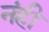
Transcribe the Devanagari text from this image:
नंही